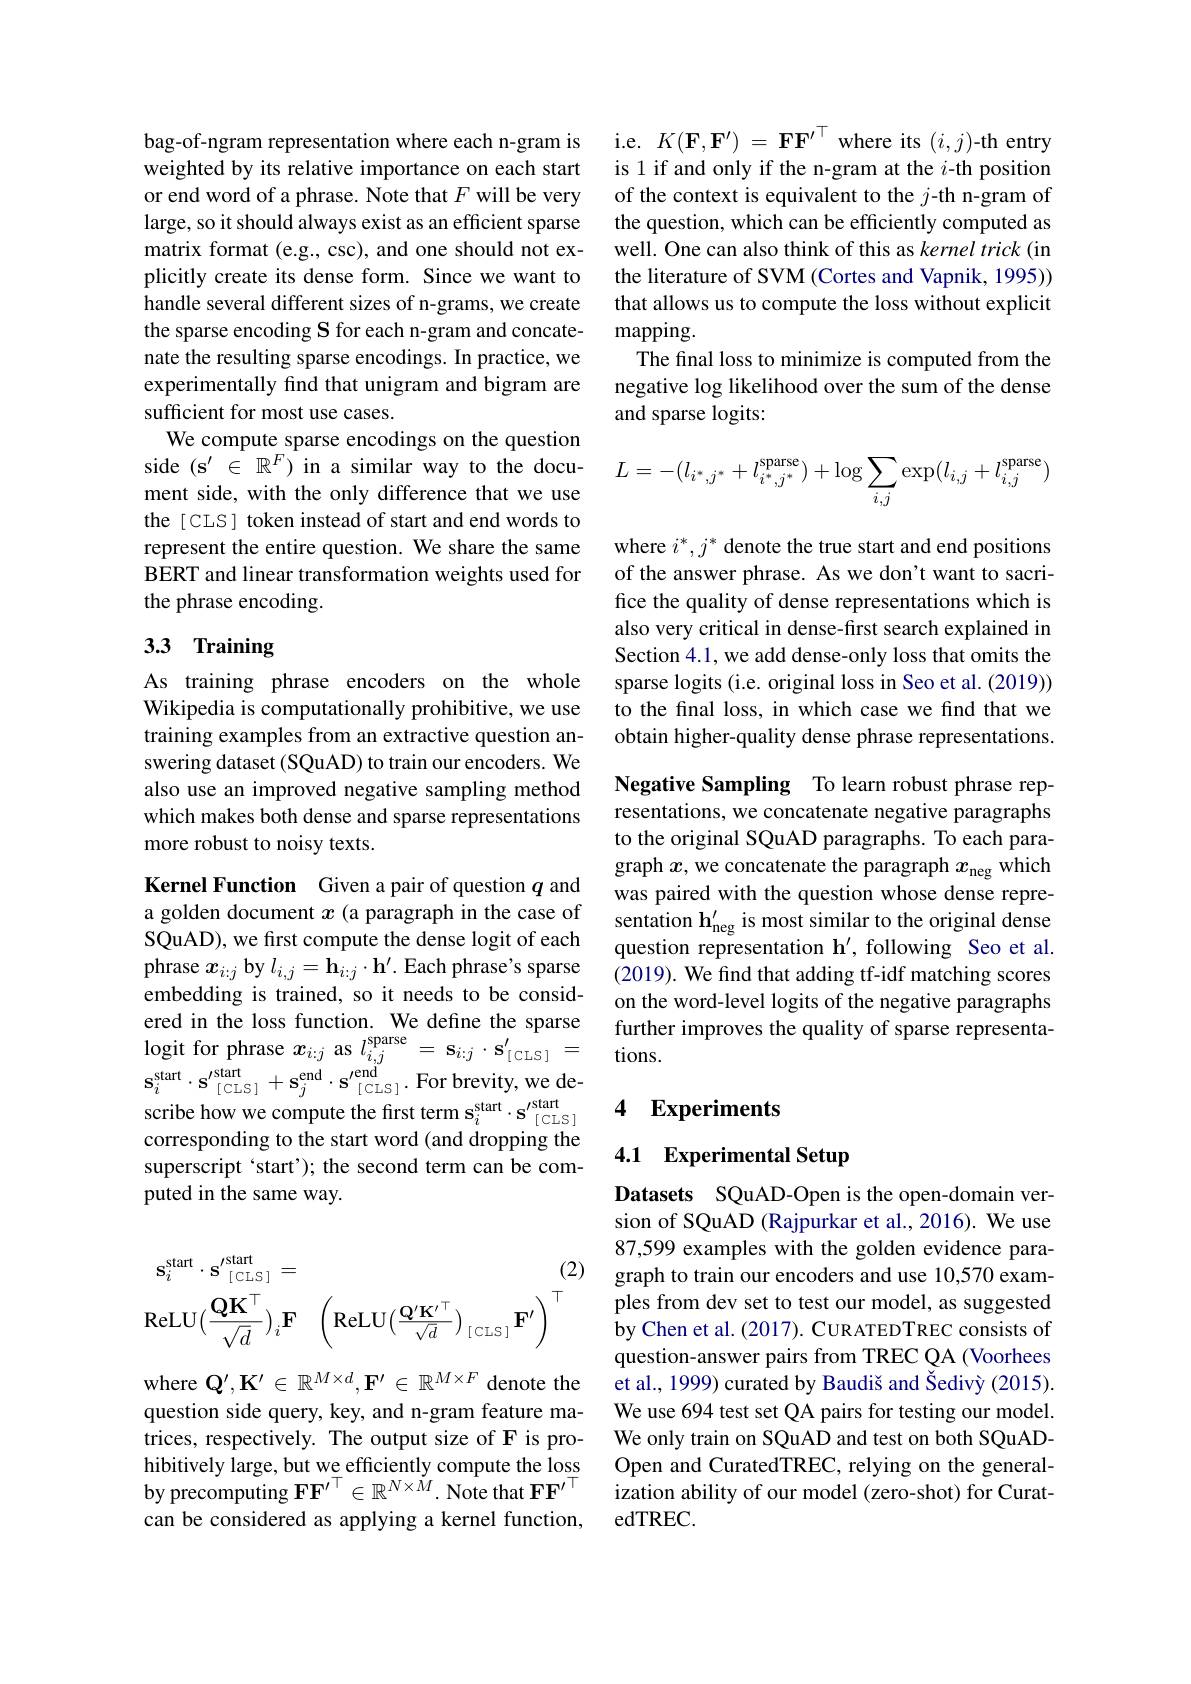
bag-of-ngram representation where each n-gram is weighted by its relative importance on each start or end word of a phrase. Note that $F$ will be very large, so it should always exist as an efficient sparse matrix format (e.g., csc), and one should not explicitly create its dense form. Since we want to handle several different sizes of n-grams, we create the sparse encoding S for each n-gram and concatenate the resulting sparse encodings. In practice, we experimentally find that unigram and bigram are sufficient for most use cases.
We compute sparse encodings on the question side $(\mathbf{s}^{\prime}\in\mathbb{R}^{F})$ in a similar way to the document side, with the only difference that we use the [CLS] token instead of start and end words to represent the entire question. We share the same BERT and linear transformation weights used for the phrase encoding.

# 33 Training

As training phrase encoders on the whole Wikipedia is computationally prohibitive, we use training examples from an extractive question answering dataset (SQuAD) to train our encoders. We also use an improved negative sampling method which makes both dense and sparse representations more robust to noisy texts.

Kernel Function Given a pair of question $q$ and a golden document $x$ (a paragraph in the case of SQuAD), we first compute the dense logit of each phrase $x_i:j$ by $l_{i,j}=\mathbf{h}_{i:j}\cdot\mathbf{h}^{\prime}.$ Each phrase's sparse embedding is trained, so it needs to be considered in the loss function. We define the sparse start$\cdot \mathbf{s} _{[ \mathrm{CLS}] }^{\prime \text{stant}}+ \mathbf{s} _{j}^{\mathrm{end}}\cdot \mathbf{s} _{[ \mathrm{CLS}] }^{\prime \text{end}}\cdot$For brevity, we de- $\mathrm{scribe~how~we~compute~the~first~term~s}_{i}^{\mathrm{start}}\cdot \mathbf{s} _{[ \mathrm{CLS}] }^{\prime \text{start}}$ 4 $\mathbf{Experiments}$ corresnoding to the start word ( and dronnin the
corresponding to the start word (and dropping the superscript `start'); the second term can be computed in the same way.
$$\mathbf{s}_{i}^{\mathrm{start}}\cdot\mathbf{s}_{[\:\mathrm{CLS}\:]}^{\mathrm{start}}=(2\\\mathrm{ReLU}(\frac{\mathbf{Q}\mathbf{K}^{\top}}{\sqrt{d}})_{i}\mathbf{F}\quad\left(\mathrm{ReLU}(\frac{\mathbf{Q}^{\prime}\mathbf{K}^{\prime\top}}{\sqrt{d}})_{[\:\mathrm{CLS}\:]}\mathbf{F}^{\prime}\right)^{\top}$$
where $\mathbf{Q}^\prime,\mathbf{K}^{\prime}\in\mathbb{R}^{M\times d},\mathbf{F}^{\prime}\in\mathbb{R}^{M\times F}$ denote the question side query, key, and n-gram feature matrices, respectively. The output size of F is prohibitively large, but we efficiently compute the loss by precomputing $\mathbf{FF}^{\prime\top}\in\mathbb{R}^{N\times M}.$ Note that $\mathbf{FF}^{\prime\top}$ can be considered as applying a kernel function,

i.e. $K(\mathbf{F},\mathbf{F}^{\prime})=\mathbf{FF}^{\prime\top}$ where its $(i,j)$-th entry is 1 if and only if the n-gram at the $i$-th position of the context is equivalent to the $j$-th n-gram of the question, which can be efficiently computed as well. One can also think of this as kernel trick (in the literature of SVM (Cortes and Vapnik, 1995)) that allows us to compute the loss without explicit mapping.
The final loss to minimize is computed from the negative log likelihood over the sum of the dense and sparse logits:
$$L=-(l_{i^*,j^*}+l_{i^*,j^*}^\text{sparse})+\log\sum_{i,j}\exp(l_{i,j}+l_{i,j}^\text{sparse})$$
where $i^*,j^*$ denote the true start and end positions of the answer phrase. As we don't want to sacrifice the quality of dense representations which is also very critical in dense-first search explained in Section 4.1, we add dense-only loss that omits the sparse logits (i.e. original loss in Seo et al. (2019)) to the final loss, in which case we find that we obtain higher-quality dense phrase representations.

Negative Sampling To learn robust phrase representations, we concatenate negative paragraphs to the original SQuAD paragraphs. To each paragraph $x$, we concatenate the paragraph $x_\mathrm{neg}$ which was paired with the question whose dense representation $\mathbf{h}_{\mathrm{neg}}^{\prime}$ is most similar to the original dense question representation $\mathbf{h}^{\prime}$, following Seo et al. (2019). We find that adding tf-idf matching scores on the word-level logits of the negative paragraphs
$\begin{array}{lll}\text{ered in the loss function. We define the sparse}&&\text{further improves the quality of sparse representa-}\\\text{logit for phrase }x_{i:j}&\text{as }l_{i,j}^{\mathrm{sparse}}=\mathbf{s}_{i:j}\cdot\mathbf{s}_{[\mathrm{CLS}]}^{\prime}&=&\text{tions.}\end{array}$

# 4.1 Experimental Setup

Datasets SQuAD-Open is the open-domain version of SQuAD (Rajpurkar et al., 2016). We use 87,599 examples with the golden evidence paragraph to train our encoders and use 10,570 examples from dev set to test our model, as suggested by Chen et al. (2017). CURATEDTREC consists of question-answer pairs from TREC QA (Voorhees et al., 1999) curated by Baudiš and Šedivý (2015). We use 694 test set QA pairs for testing our model. We only train on SQuAD and test on both SQuADOpen and CuratedTREC, relying on the generalization ability of our model (zero-shot) for CuratedTREC.